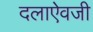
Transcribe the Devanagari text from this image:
दलाऐवजी